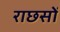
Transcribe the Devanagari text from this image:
राछसों